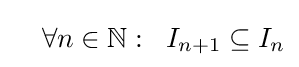
\quad \forall n\in \mathbb {N} :\;\;I_{n+1}\subseteq I_{n}